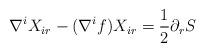
LaTeX: \begin{align*} \nabla^i X_{ir} - (\nabla^i f) X_{ir} = \frac{1}{2}\partial_{r} S\end{align*}